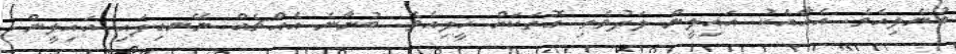
ބުނެލިއެވެ. އެއާއެކު އައިލީން ލަދުވެތި ގޮތަކަށް ހީލިއެވެ. ބުނާނެ އެއްޗެއް ނޭނގިފައި އައިލީން